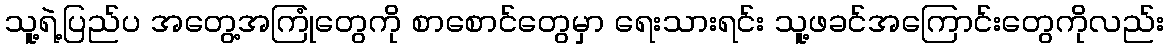
သူ့ရဲ့ပြည်ပ အတွေ့အကြုံတွေကို စာစောင်တွေမှာ ရေးသားရင်း သူ့ဖခင်အကြောင်းတွေကိုလည်း